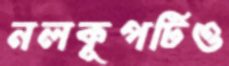
নলকূপটিও